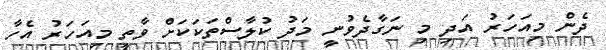
ދެން މިއަހަރު އަދި މި ނަގާދެވުނީ މަދު ކުލާސްތަކަކަށް ވާތީ މިއަހަރު އެހާ